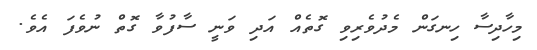
މިހާދިސާ ހިނގަން މެދުވެރިވި ގޮތެއް އަދި ވަނީ ސާފުވާ ގޮތް ނުވެފަ އެވެ.